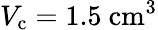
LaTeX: V_{\mathrm{c}}=1.5~\mathrm{cm^{3}}